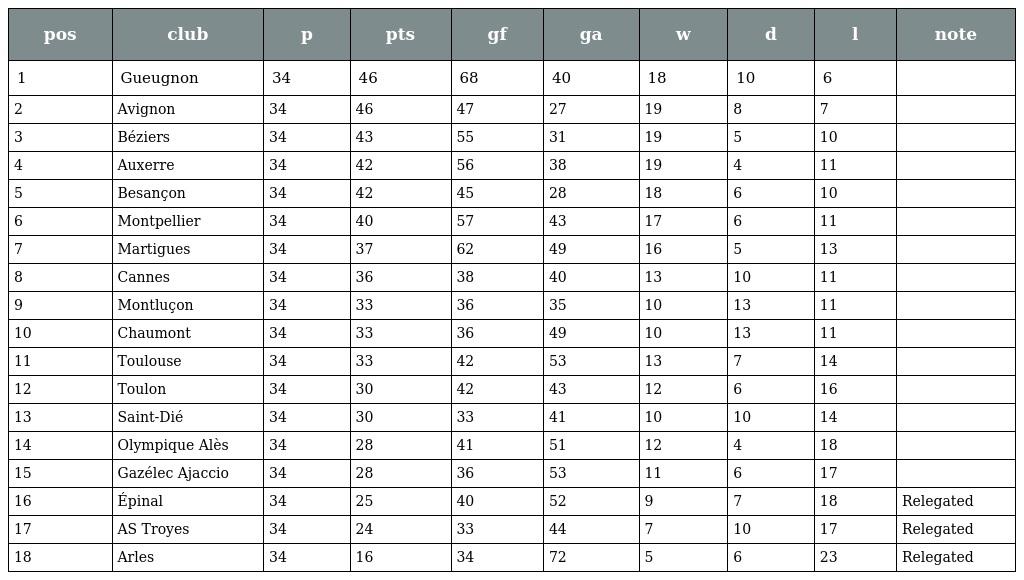
| pos | club | p | pts | gf | ga | w | d | l | note |
 | --- | --- | --- | --- | --- | --- | --- | --- | --- | --- |
 | 1 | Gueugnon | 34 | 46 | 68 | 40 | 18 | 10 | 6 |  |
 | 2 | Avignon | 34 | 46 | 47 | 27 | 19 | 8 | 7 |  |
 | 3 | Béziers | 34 | 43 | 55 | 31 | 19 | 5 | 10 |  |
 | 4 | Auxerre | 34 | 42 | 56 | 38 | 19 | 4 | 11 |  |
 | 5 | Besançon | 34 | 42 | 45 | 28 | 18 | 6 | 10 |  |
 | 6 | Montpellier | 34 | 40 | 57 | 43 | 17 | 6 | 11 |  |
 | 7 | Martigues | 34 | 37 | 62 | 49 | 16 | 5 | 13 |  |
 | 8 | Cannes | 34 | 36 | 38 | 40 | 13 | 10 | 11 |  |
 | 9 | Montluçon | 34 | 33 | 36 | 35 | 10 | 13 | 11 |  |
 | 10 | Chaumont | 34 | 33 | 36 | 49 | 10 | 13 | 11 |  |
 | 11 | Toulouse | 34 | 33 | 42 | 53 | 13 | 7 | 14 |  |
 | 12 | Toulon | 34 | 30 | 42 | 43 | 12 | 6 | 16 |  |
 | 13 | Saint-Dié | 34 | 30 | 33 | 41 | 10 | 10 | 14 |  |
 | 14 | Olympique Alès | 34 | 28 | 41 | 51 | 12 | 4 | 18 |  |
 | 15 | Gazélec Ajaccio | 34 | 28 | 36 | 53 | 11 | 6 | 17 |  |
 | 16 | Épinal | 34 | 25 | 40 | 52 | 9 | 7 | 18 | Relegated |
 | 17 | AS Troyes | 34 | 24 | 33 | 44 | 7 | 10 | 17 | Relegated |
 | 18 | Arles | 34 | 16 | 34 | 72 | 5 | 6 | 23 | Relegated |